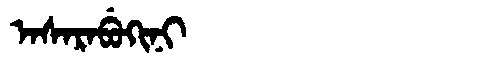
Manchu: ᠠᠰᠠᡵᠠᠪᡠᡴᡳᠨᡳ
Romanization: ASARABUKINI